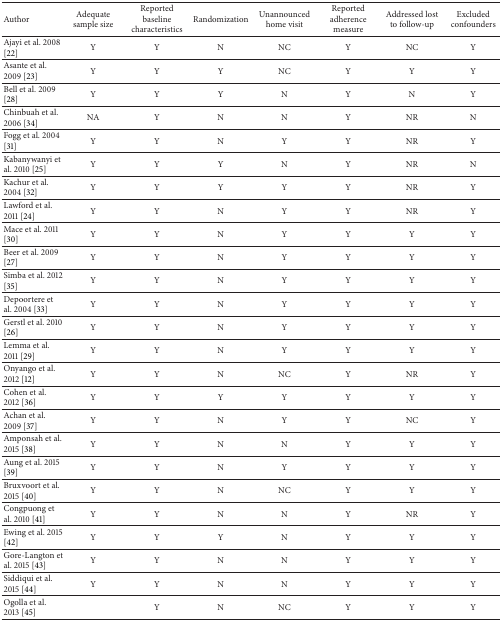
| Author | Adequate sample size | Reported baseline characteristics | Randomization | Unannounced home visit | Reported adherence measure | Addressed lost to follow-up | Excluded confounders |
 | --- | --- | --- | --- | --- | --- | --- | --- |
 | Ajayi et al. 2008 [22] | Y | Y | N | NC | Y | NC | Y |
 | Asante et al. 2009 [23] | Y | Y | Y | NC | Y | Y | Y |
 | Bell et al. 2009 [28] | Y | Y | Y | N | Y | N | Y |
 | Chinbuah et al. 2006 [34] | NA | Y | N | N | Y | NR | N |
 | Fogg et al. 2004 [31] | Y | Y | N | Y | Y | NR | Y |
 | Kabanywanyi et al. 2010 [25] | Y | Y | Y | N | Y | NR | N |
 | Kachur et al. 2004 [32] | Y | Y | Y | Y | Y | NR | Y |
 | Lawford et al. 2011 [24] | Y | Y | N | Y | Y | NR | Y |
 | Mace et al. 2011 [30] | Y | Y | N | Y | Y | Y | Y |
 | Beer et al. 2009 [27] | Y | Y | N | Y | Y | Y | Y |
 | Simba et al. 2012 [35] | Y | Y | N | Y | Y | Y | Y |
 | Depoortere et al. 2004 [33] | Y | Y | N | Y | Y | Y | Y |
 | Gerstl et al. 2010 [26] | Y | Y | N | Y | Y | Y | Y |
 | Lemma et al. 2011 [29] | Y | Y | N | Y | Y | Y | Y |
 | Onyango et al. 2012 [12] | Y | Y | N | NC | Y | NR | Y |
 | Cohen et al. 2012 [36] | Y | Y | Y | Y | Y | Y | Y |
 | Achan et al. 2009 [37] | Y | Y | N | Y | Y | NC | Y |
 | Amponsah et al. 2015 [38] | Y | Y | N | N | Y | Y | Y |
 | Aung et al. 2015 [39] | Y | Y | N | Y | Y | Y | Y |
 | Bruxvoort et al. 2015 [40] | Y | Y | N | NC | Y | Y | Y |
 | Congpuong et al. 2010 [41] | Y | Y | N | N | Y | NR | Y |
 | Ewing et al. 2015 [42] | Y | Y | Y | N | Y | Y | Y |
 | Gore-Langton et al. 2015 [43] | Y | Y | N | N | Y | Y | Y |
 | Siddiqui et al. 2015 [44] | Y | Y | N | N | Y | Y | Y |
 | Ogolla et al. 2013 [45] |  | Y | N | NC | Y | Y | Y |